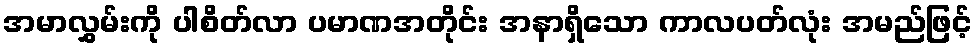
အမာလွှမ်းကို ပါစိတ်လာ ပမာဏအတိုင်း အနာရှိသော ကာလပတ်လုံး အမည်ဖြင့်